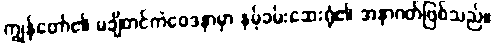
ကျွန်တော်၏ မချိတင်ကဲဝေဒနာမှာ နမ့်ခမ်းဆေးရုံ၏ အနာဂတ်ဖြစ်သည်။